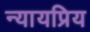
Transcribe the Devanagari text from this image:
न्‍यायप्रिय